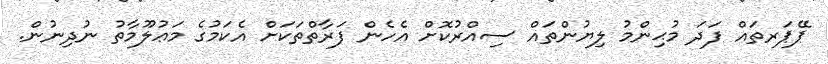
ޕޭޕަރތައް ފަދަ މުޙިންމު ލިޔުންތައް ސިއްރުކޮށް އެހެން ފަރާތްތަކަށް އެކަމުގެ މަޢުލޫމާތު ނުދިނުން.